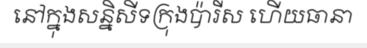
នៅក្នុងសន្និសីទក្រុងប៉ារីស ហើយធានា